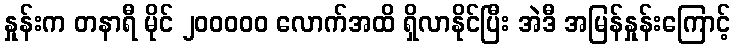
နှုန်းက တနာရီ မိုင် ၂၀၀၀၀၀ လောက်အထိ ရှိလာနိုင်ပြီး အဲဒီ အမြန်နှုန်းကြောင့်